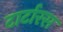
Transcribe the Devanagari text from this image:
टार्टारस